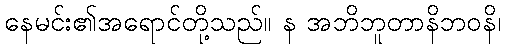
နေမင်း၏အရောင်တို့သည်။ န အဘိဘူတာနိဘဝနိ၊